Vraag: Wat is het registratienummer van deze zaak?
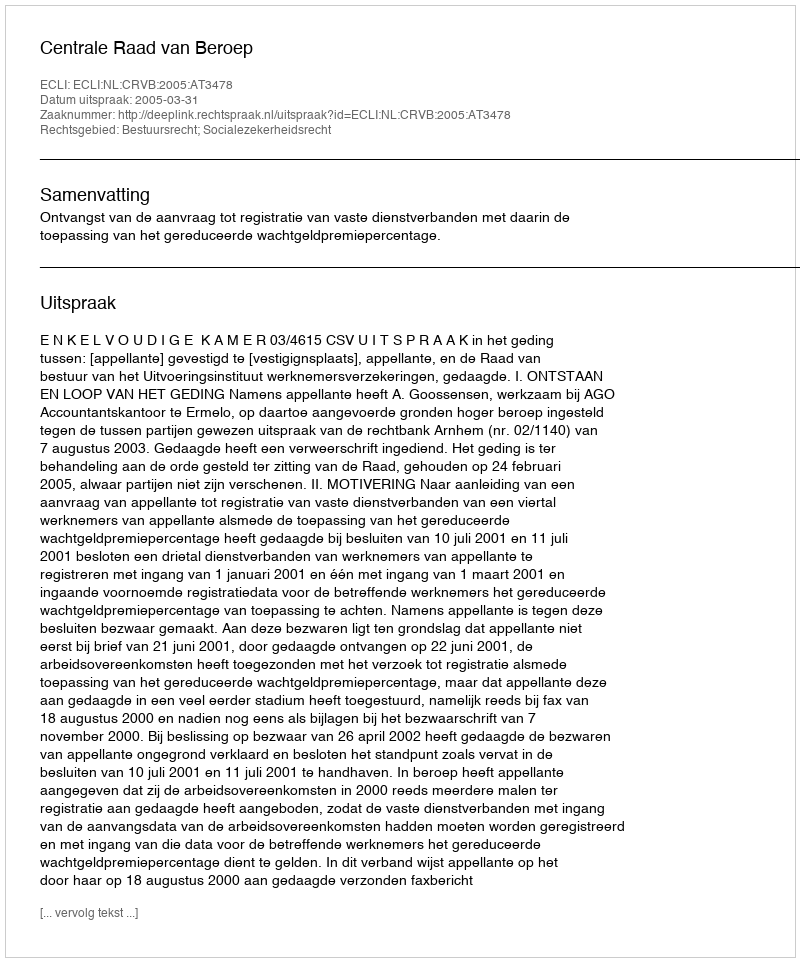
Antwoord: http://deeplink.rechtspraak.nl/uitspraak?id=ECLI:NL:CRVB:2005:AT3478